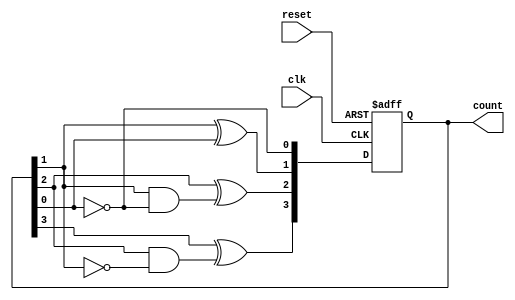
module async_counter (
    input wire clk,        // Clock input
    input wire reset,      // Asynchronous reset input
    output reg [n-1:0] count // Counter output
);
    parameter n = 4; // Number of bits for the counter (can be adjusted)

    // Asynchronous reset and counting logic
    always @(posedge clk or posedge reset) begin
        if (reset) begin
            count <= 0; // Reset the counter to 0
        end else begin
            // Ripple counter logic
            count[0] <= ~count[0]; // Toggle LSB on every clock pulse
            count[1] <= count[1] ^ count[0]; // Toggle next bit on LSB falling edge
            count[2] <= count[2] ^ (count[1] & ~count[0]); // Toggle next bit on second bit falling edge
            count[3] <= count[3] ^ (count[2] & ~count[1]); // Toggle next bit on third bit falling edge
            // Extend this logic for additional bits if needed
        end
    end
endmodule